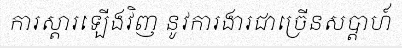
ការស្តារឡើងវិញ នូវការងារជាច្រើនសប្តាហ៍